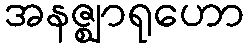
အနဇ္ဈာရုဟော